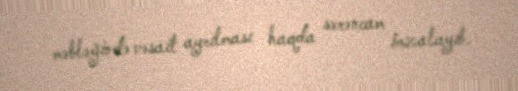
məbləğində vəsait ayrılması haqda sərəncam imzalayıb.